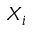
X _ { i }